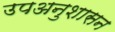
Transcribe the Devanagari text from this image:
उपअनुशासन